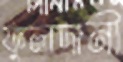
ফুলদানী